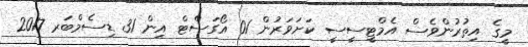
މީގެ އިތުރުންވެސް އެމްޓީސީސީ ކަށަވަރުން 01 އޯގަސްޓް އިން 31 ޑިސެމްބަރ 2017